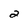
Character: 2